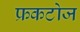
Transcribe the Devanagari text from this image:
फ्रकटोज